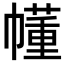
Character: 𫷐